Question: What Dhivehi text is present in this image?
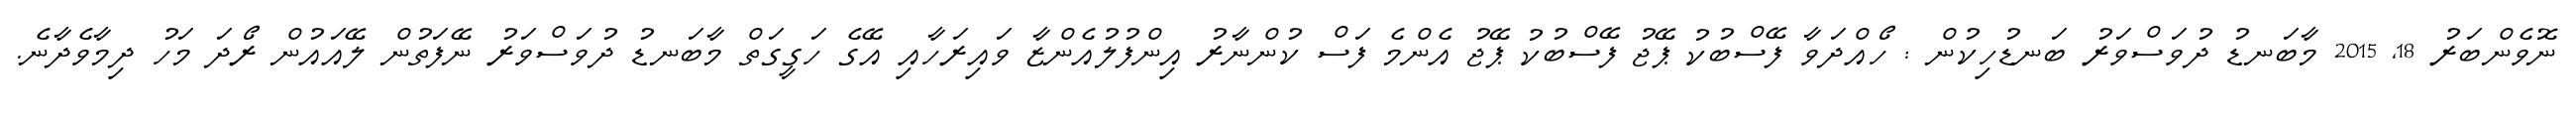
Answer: ނޮވެންބަރު 18, 2015 މާބަނޑު ދުވަސްވަރު ބަނޑުހިކުން : ހޯއްދަވާ ފޭސްބުކު ޕޭޖު ފޭސްބުކު ޕޭޖު އެންމެ ފަސް ކުންނާރު އިންފުލުއެންޒާ ވައިރަހާއި އޭގެ ހަގީގަތް މާބަނޑު ދުވަސްވަރު ނޭފަތުން ލޭއައުން ރޯދަ މަހު ދިމާވެދާނެ.